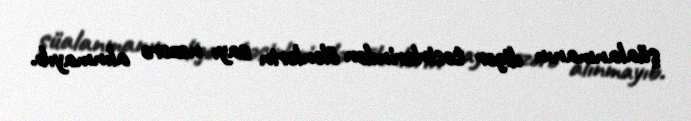
şüalanmanın digər təsirlərindən ölənlərin sayı nəzərə alınmayıb.